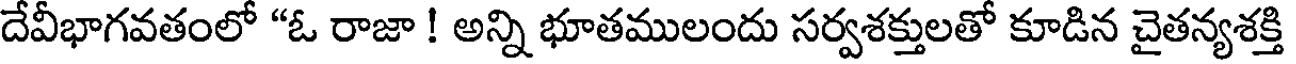
దేవీభాగవతంలో "ఓ రాజా ! అన్ని భూతములందు సర్వశక్తులతో కూడిన చైతన్యశక్తి